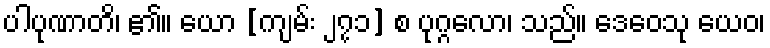
ပါပုဏာတိ၊ ၏။ ယော [ကျမ်း ၂၇၁] စ ပုဂ္ဂလော၊ သည်။ ဒေဝေသု ယေဝ၊